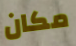
مكان